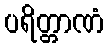
ပရိတ္တာဏံ